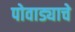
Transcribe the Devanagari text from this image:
पोवाड्याचे